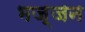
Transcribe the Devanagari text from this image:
भज्जन